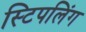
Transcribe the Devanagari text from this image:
स्टिपलिंग